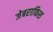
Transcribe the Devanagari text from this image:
जेबराफिश